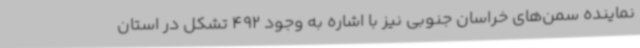
نماینده سمن‌های خراسان جنوبی نیز با اشاره به وجود 492 تشکل در استان